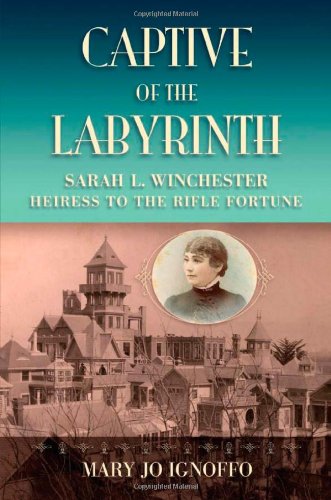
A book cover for Captive of the Labyrinth: Sarah L. Winchester, Heiress to the Rifle Fortune; Mary Jo Ignoffo; Gay & Lesbian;